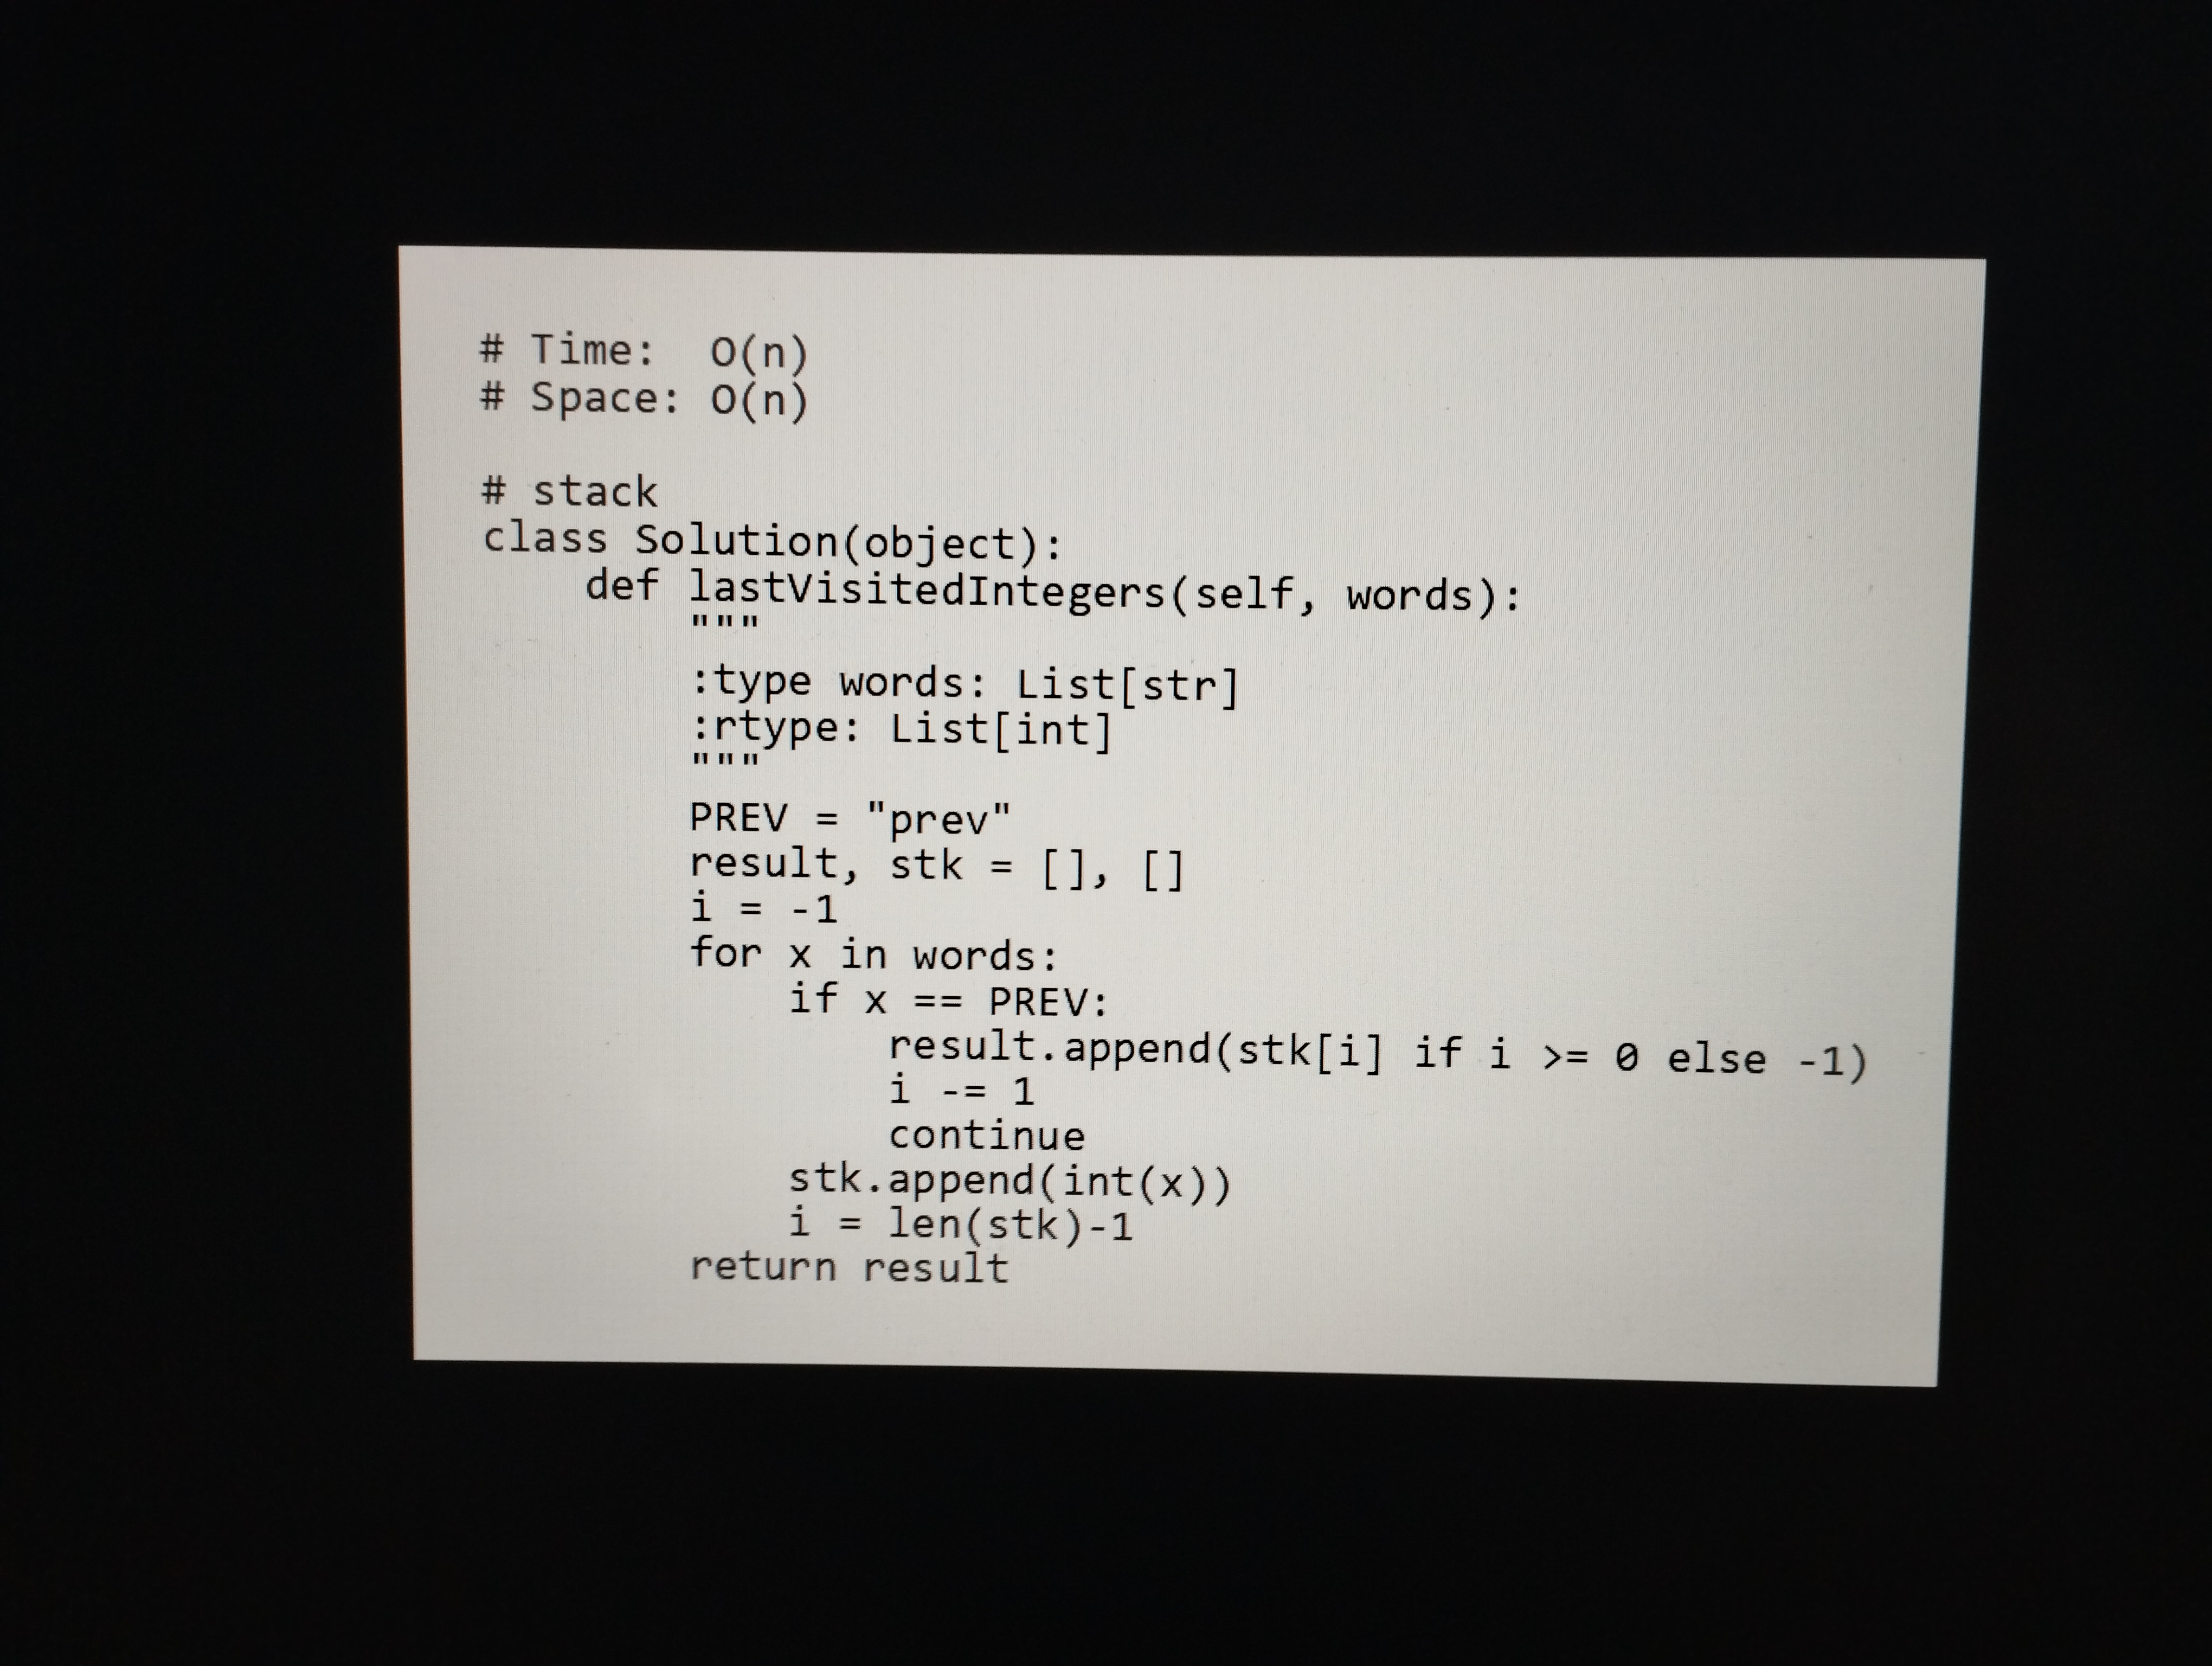
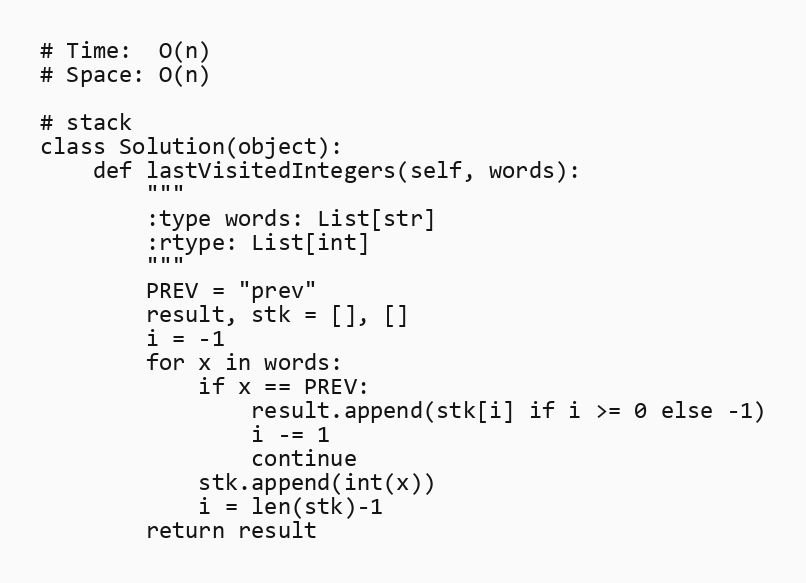
# Time:  O(n)
# Space: O(n)

# stack
class Solution(object):
    def lastVisitedIntegers(self, words):
        """
        :type words: List[str]
        :rtype: List[int]
        """
        PREV = "prev"
        result, stk = [], []
        i = -1
        for x in words:
            if x == PREV:
                result.append(stk[i] if i >= 0 else -1)
                i -= 1
                continue
            stk.append(int(x))
            i = len(stk)-1
        return result